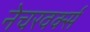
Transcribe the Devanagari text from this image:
नेचरवर्क्स